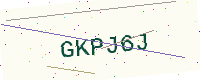
Text: GKPJ6J